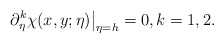
\begin{align*}\partial_\eta^k\chi(x,y;\eta)\big|_{\eta=h}=0,k=1,2.\end{align*}